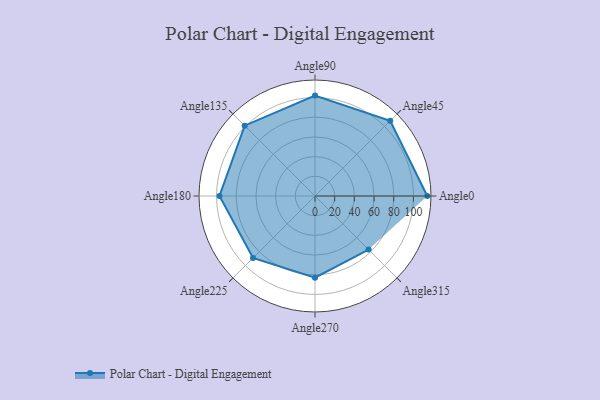
{"axis": {"x": "Angle", "y": "Radius"}, "legend": [""], "data": [{"x": "Angle0", "y": 114.0, "type": ""}, {"x": "Angle45", "y": 108.0, "type": ""}, {"x": "Angle90", "y": 102.0, "type": ""}, {"x": "Angle135", "y": 101.0, "type": ""}, {"x": "Angle180", "y": 97.0, "type": ""}, {"x": "Angle225", "y": 89.0, "type": ""}, {"x": "Angle270", "y": 83.0, "type": ""}, {"x": "Angle315", "y": 77.0, "type": ""}]}